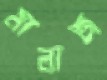
মালাজ